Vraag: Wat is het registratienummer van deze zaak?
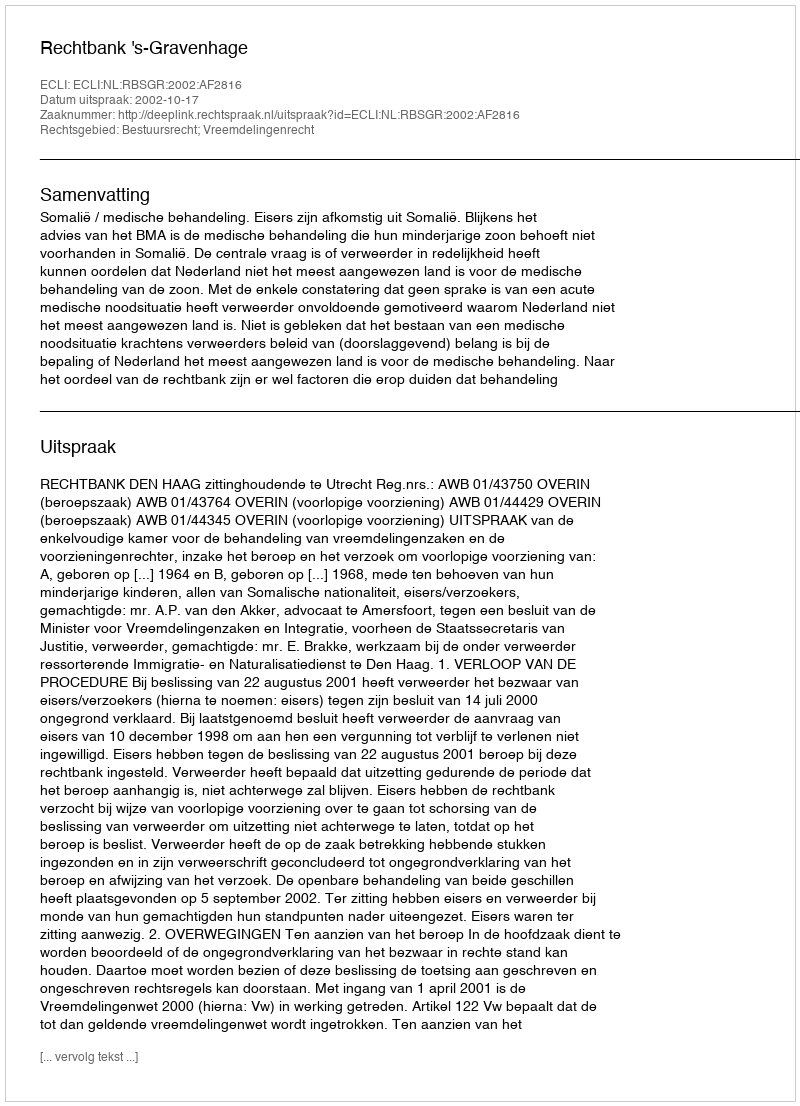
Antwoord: http://deeplink.rechtspraak.nl/uitspraak?id=ECLI:NL:RBSGR:2002:AF2816